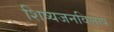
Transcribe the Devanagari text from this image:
शिष्यजनविलाप